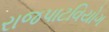
રાજપાટવિયોગ